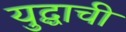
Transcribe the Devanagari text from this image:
युद्घाची